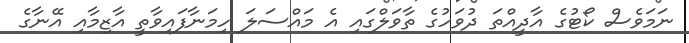
ނަމަވެސް ކޯޓުގެ އާދީއްތަ ދުވަހުގެ ތާވަލްގައި އެ މައްސަލަ ހިމަނާފައިވާތީ އާޒިމާއި އޭނާގެ